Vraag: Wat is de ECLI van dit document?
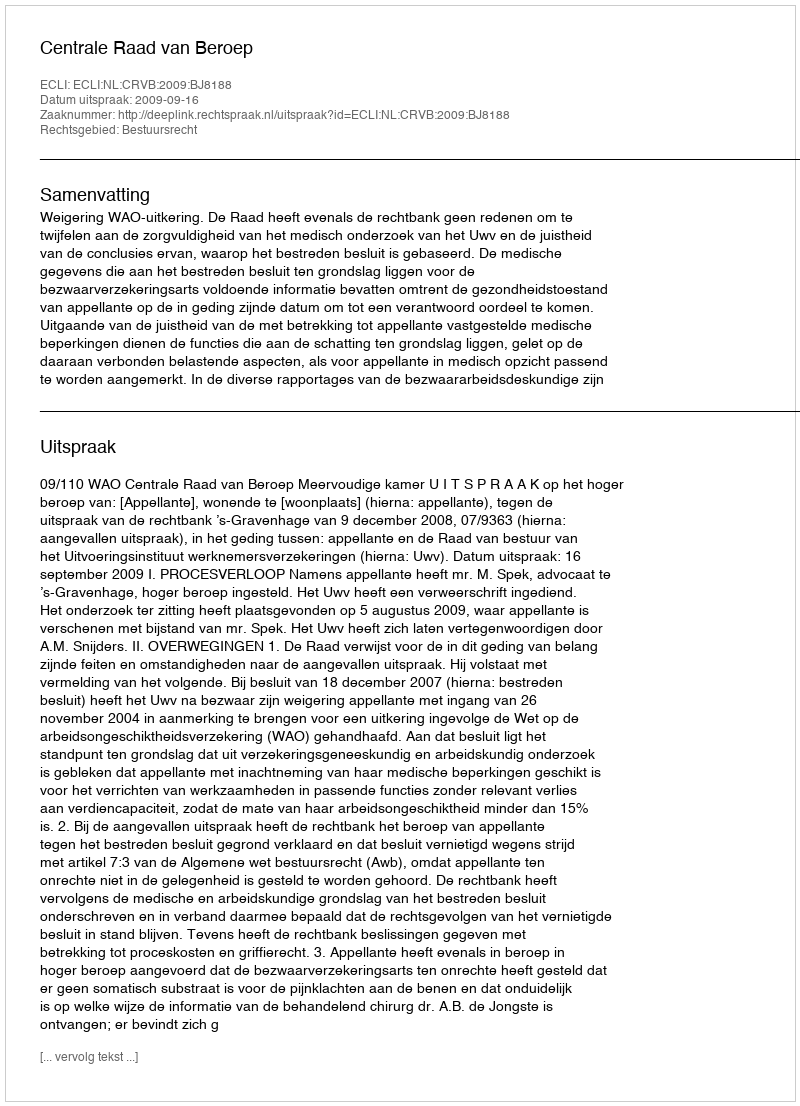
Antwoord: ECLI:NL:CRVB:2009:BJ8188